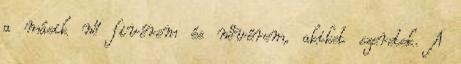
a másik nő fivérem és nővérem, akiket szeretek. A